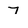
Character: 7